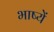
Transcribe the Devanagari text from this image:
भाष्यें